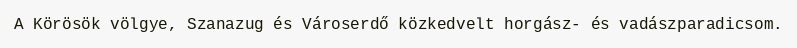
A Körösök völgye, Szanazug és Városerdő közkedvelt horgász- és vadászparadicsom.